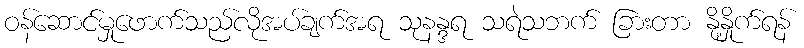
ဝန်ဆောင်မှုဖောက်သည်လိုအပ်ချက်အရ သုနန္ဒရ သရဲသဘက် ခြားတာ နို့နှိုက်ရန်